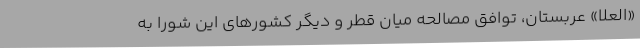
«العُلا» عربستان، توافق مصالحه میان قطر و دیگر کشورهای این شورا به